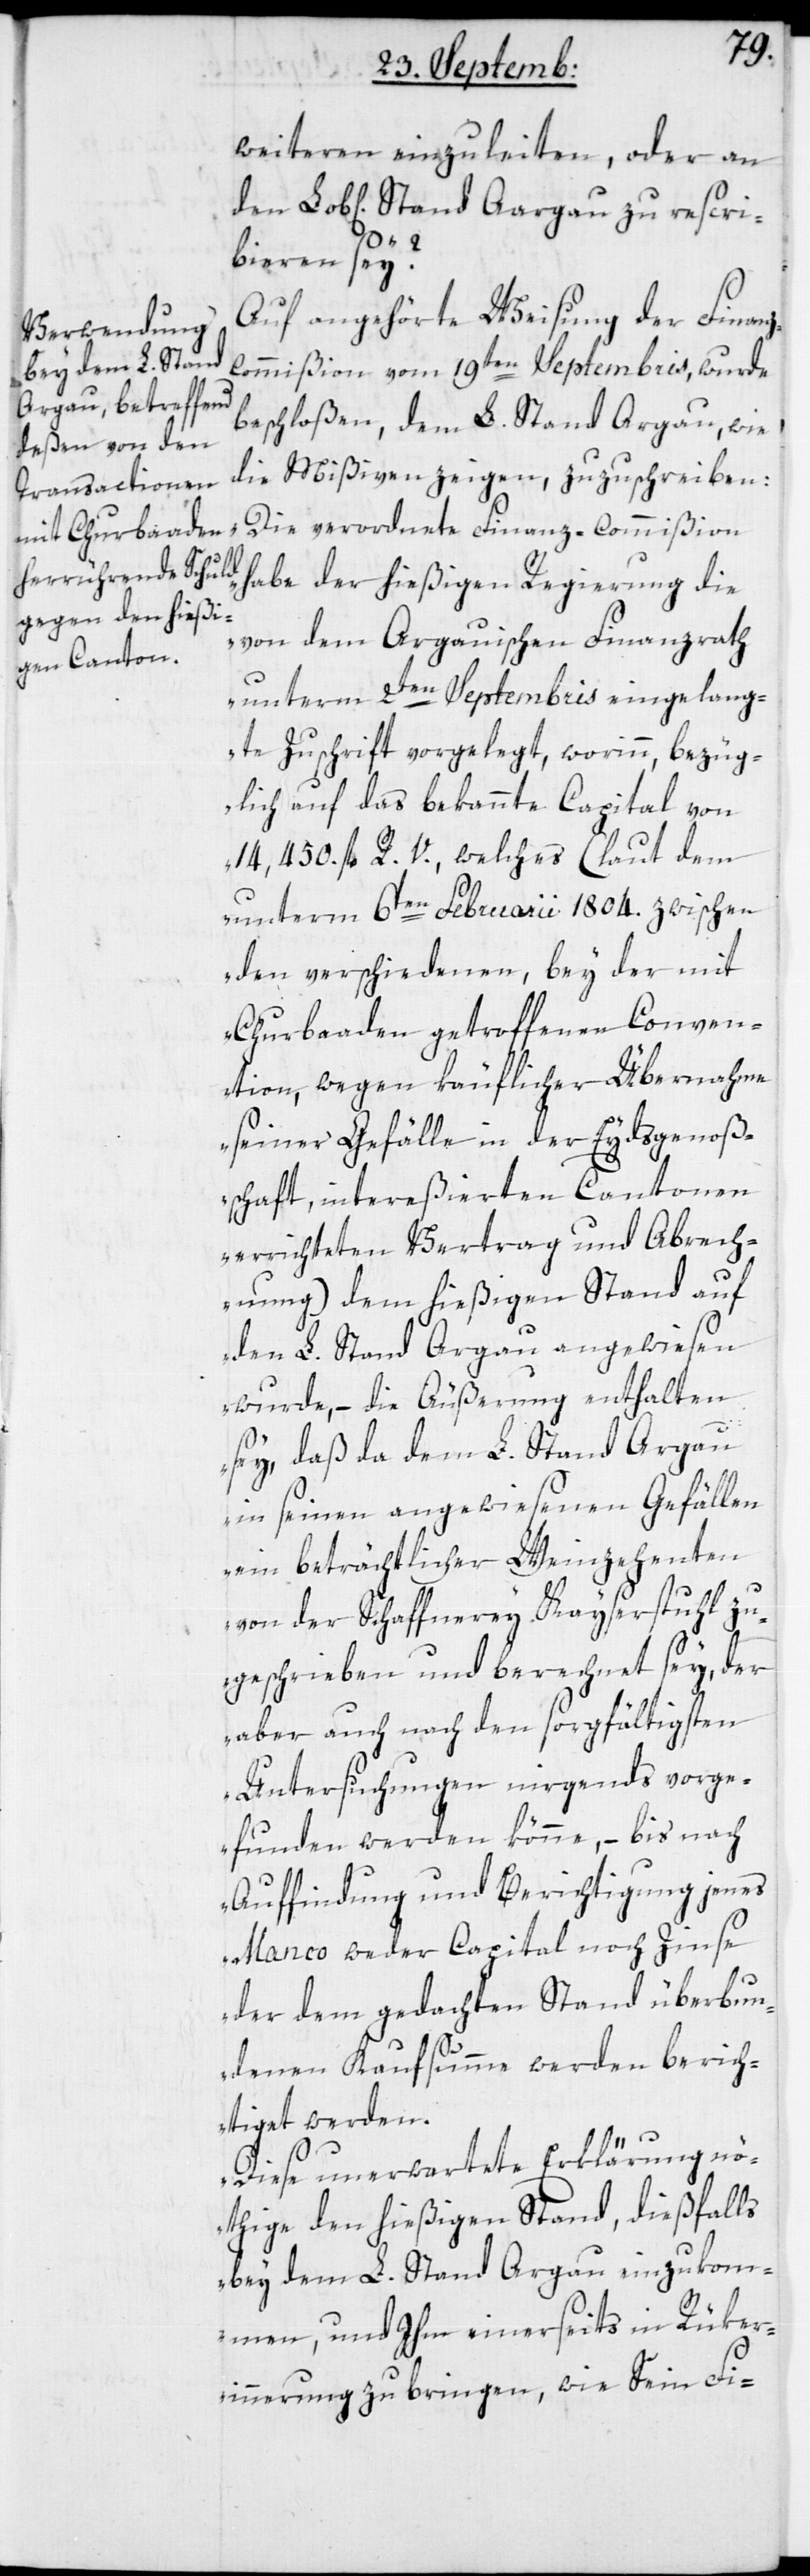
Weiteren einzuleiten, oder an
bieren sey?
Auf angehörte Weisung der Finan¬
ommißion vom 19ten Septembris wurde
beschloßen, dem L. Stand Aargau, wie
die Mißiven zeigen, zuzuschreiben:
„Die verordnete Finanz-Commißion
habe der hießigen Regierung die
von dem Argauischen Finanzrat
unterm 2ten Septembris eingelang¬
te Zuschrift vorgelegt, worinn bezüg¬
lich auf das bekannte Capital von
14 450. fl. R. V., welches (laut dem
unterm 6ten Februarii 1804. zwischen
den verschiedenen, bey der mit
Churbaaden getroffenen Conven¬
tion, wegen käuflicher Übernahme
seiner Gefälle in der Eydsgenoß¬
schaft, intereßierten Cantonen
errichteten Vertrag und Abrech¬
z-C¬
nung) dem hießigen Stand auf
den L. Stand Argau angewiesen
wurde, – die Äußerung enthalten
sey, daß da dem L. Stand Argau
in seinen angewiesenen Gefällen
ein beträchtlicher Weinzehenten
von der Schaffnerey Kayserstuhl zu¬
geschrieben und berechnet sey, der
aber auch nach den sorgfältigsten
Untersuchungen nirgends vorge¬
funden werden könne, – bis nach
Auffindung und Berichtigung jenes
Manco weder Capital noch Zinse
der dem gedachten Stand überbun¬
denen Kaufsumme werden berich¬
tiget werden.
Diese unerwartete Erklärung nö¬
thige den hießigen Stand, dießfalls
bey dem L. Stand Argau einzukom¬
men, und ihm einerseits in Rüker¬
innerung zu bringen, wie Sein Fi-